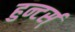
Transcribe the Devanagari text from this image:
हुन्टर्स्